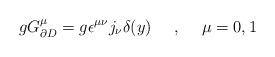
LaTeX: \begin{align*}gG^{\mu}_{\partial D}=g\epsilon^{\mu \nu} j_\nu \delta (y)\makebox[.5in]{,} \mu=0,1\end{align*}